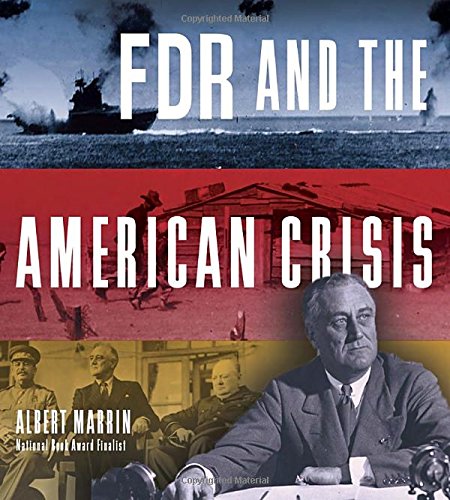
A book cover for FDR and the American Crisis; Albert Marrin; Teen & Young Adult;